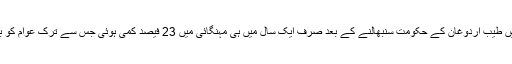
اسی طرح ترکی میں طیب اردوغان کے حکومت سنبھالنے کے بعد صرف ایک سال میں ہی مہنگائی میں 23 فیصد کمی ہوئی جس سے ترک عوام کو براہ راست فائدہ ہوا۔